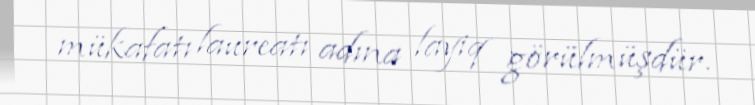
mükafatı laureatı adına layiq görülmüşdür.